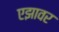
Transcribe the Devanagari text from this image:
एझावर